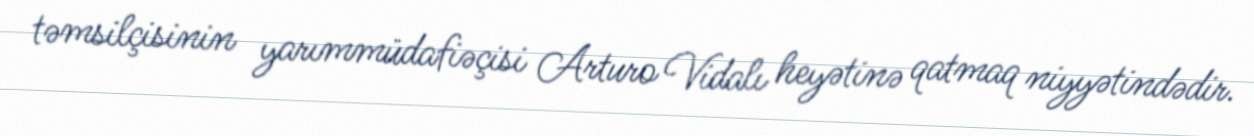
təmsilçisinin yarımmüdafiəçisi Arturo Vidalı heyətinə qatmaq niyyətindədir.